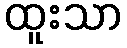
ထူးသာ